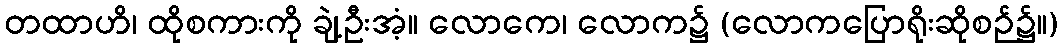
တထာဟိ၊ ထိုစကားကို ချဲ့ဦးအံ့။ လောကေ၊ လောက၌ (လောကပြောရိုးဆိုစဉ်၌။)